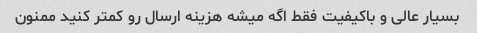
بسیار عالی و باکیفیت فقط اگه میشه هزینه ارسال رو کمتر کنید ممنون